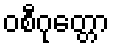
ဝစီဂုတ္တော